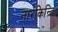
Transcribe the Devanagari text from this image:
नारकिन्दि